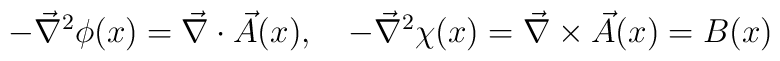
-\vec\nabla^2\phi(x)=\vec\nabla\cdot\vec A(x),\quad-\vec\nabla^2 \chi(x)=\vec\nabla\times\vec A(x)=B(x)